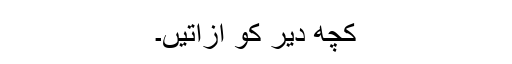
کچھ دیر کو آزاتیں۔